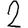
Digit: 2